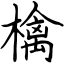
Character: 檎